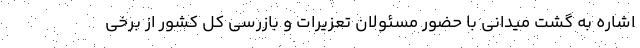
اشاره به گشت میدانی با حضور مسئولان تعزیرات و بازرسی کل کشور از برخی